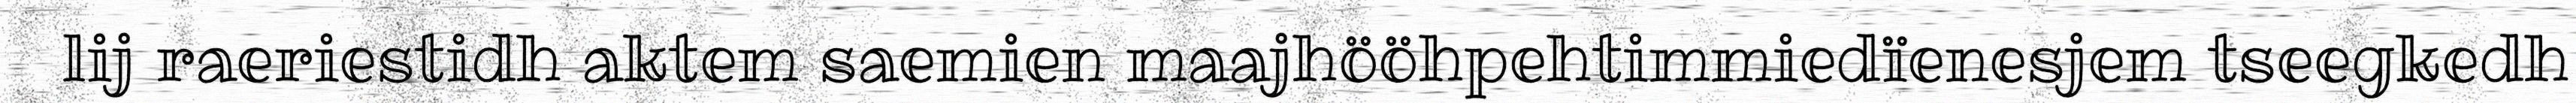
lij raeriestidh aktem saemien maajhööhpehtimmiedïenesjem tseegkedh